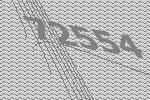
72554